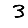
Digit: 3